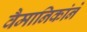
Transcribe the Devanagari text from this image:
वैमानिकांने